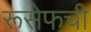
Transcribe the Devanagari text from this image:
रूसेफची